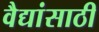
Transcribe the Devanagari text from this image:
वैद्यांसाठी